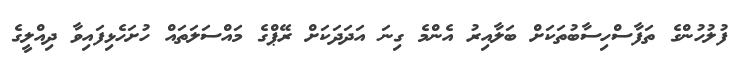
ފުލުހުންގެ ތަފާސްހިސާބުތަކަށް ބަލާއިރު އެންމެ ގިނަ އަދަދަކަށް ރޭޕްގެ މައްސަލަތައް ހުށަހެޅިފައިވާ ދިއްލީގެ